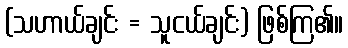
(သဟာယ်ချင်း = သူငယ်ချင်း) ဖြစ်ကြ၏။